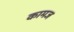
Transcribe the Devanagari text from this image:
कामज